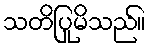
သတိပြုမိသည်။